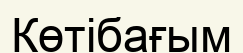
Көтібағым